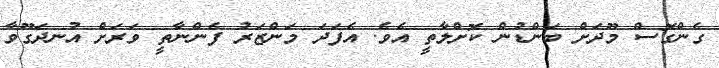
ގެންގޮސް މޫދަށް ބަންޑުން ކޮށްލާތީ އެވެ. އެފަދަ މަންޒަރު ފެންނާތީ ވަރަށް އުނދަގޫވާ